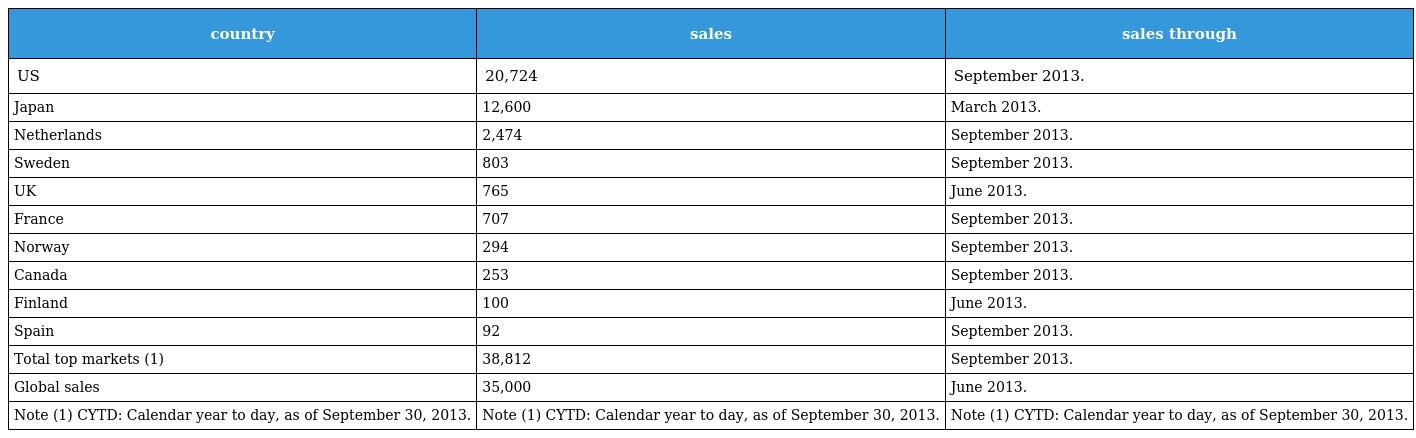
| country | sales | sales through |
 | --- | --- | --- |
 | US | 20,724 | September 2013. |
 | Japan | 12,600 | March 2013. |
 | Netherlands | 2,474 | September 2013. |
 | Sweden | 803 | September 2013. |
 | UK | 765 | June 2013. |
 | France | 707 | September 2013. |
 | Norway | 294 | September 2013. |
 | Canada | 253 | September 2013. |
 | Finland | 100 | June 2013. |
 | Spain | 92 | September 2013. |
 | Total top markets (1) | 38,812 | September 2013. |
 | Global sales | 35,000 | June 2013. |
 | Note (1) CYTD: Calendar year to day, as of September 30, 2013. | Note (1) CYTD: Calendar year to day, as of September 30, 2013. | Note (1) CYTD: Calendar year to day, as of September 30, 2013. |